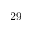
2 9